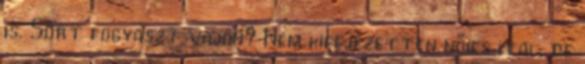
is. Sört fogyaszt vajon? Nem kifejezetten nőies ital, de